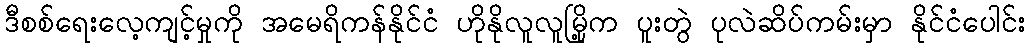
ဒီစစ်ရေးလေ့ကျင့်မှုကို အမေရိကန်နိုင်ငံ ဟိုနိုလူလူမြို့က ပူးတွဲ ပုလဲဆိပ်ကမ်းမှာ နိုင်ငံပေါင်း